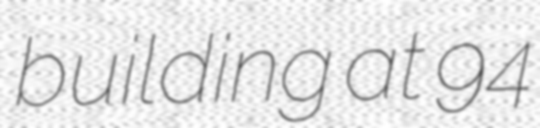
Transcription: building at 94